Annual report on the working of the Harcourt Butler Institute of Public Health, Rangoon
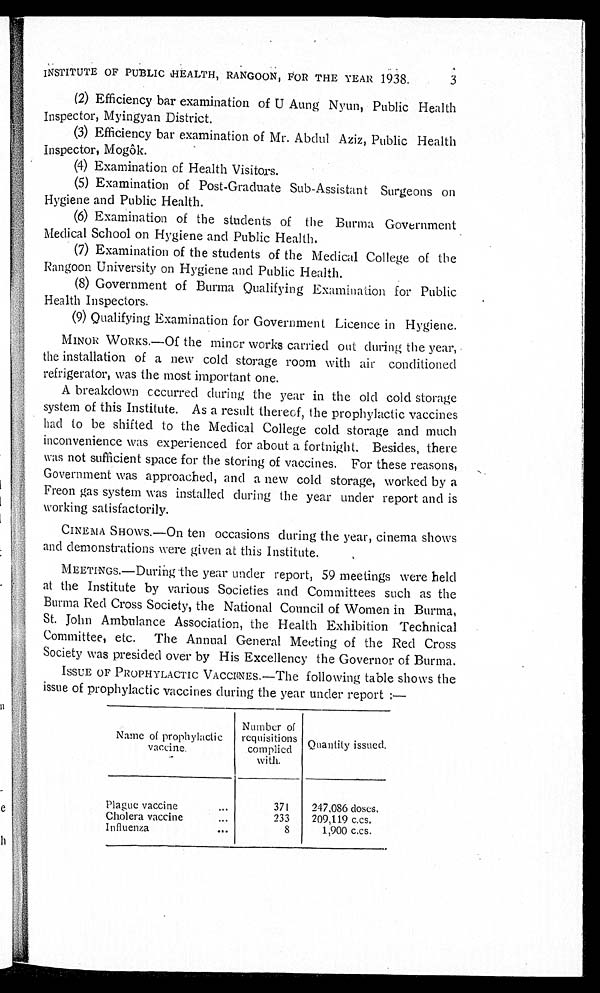
INSTITUTE OF PUBLIC HEALTH, RANGOON, FOR THE YEAR 1938.
(2) Efficiency bar examination of U Aung Nyun, Public Health
Inspector, Myingyan District.
(3) Efficiency bar examination of Mr. Abdul Aziz, Public Health
Inspector, Mogôk.
(4) Examination of Health Visitors.
(5) Examination of Post-Graduate Sub-Assistant Surgeons on
Hygiene and Public Health.
(6) Examination of the students of the Burma Government
Medical School on Hygiene and Public Health.
(7) Examination of the students of the Medical College of the
Rangoon University on Hygiene and Public Health.
(8) Government of Burma Qualifying Examination for Public
Health Inspectors.
(9) Qualifying Examination for Government Licence in Hygiene.
MINOR WORKS.—Of the minor works carried out during the year,
the installation of a new cold storage room with air conditioned
refrigerator, was the most important one.
A breakdown occurred during the year in the old cold storage
system of this Institute. As a result thereof, the prophylactic vaccines
had to be shifted to the Medical College cold storage and much
inconvenience was experienced for about a fortnight. Besides, there
was not sufficient space for the storing of vaccines. For these reasons,
Government was approached, and a new cold storage, worked by a
Freon gas system was installed during the year under report and is
working satisfactorily.
CINEMA SHOWS.—On ten occasions during the year, cinema shows
and demonstrations were given at this Institute.
MEETINGS.—During the year under report, 59 meetings were held
at the Institute by various Societies and Committees such as the
Burma Red Cross Society, the National Council of Women in Burma,
St. John Ambulance Association, the Health Exhibition Technical
Committee, etc. The Annual General Meeting of the Red Cross
Society was presided over by His Excellency the Governor of Burma.
ISSUE OF PROPHYLACTIC VACCINES.—The following table shows the
issue of prophylactic vaccines during the year under report:—
Name of prophylactic
vaccine.
Number of
requisitions
complied
with.
Quantity issued.
Plague vaccine . . .
371
247,086 doses.
Cholera vaccine . . .
233
209,119 c.cs.
Influenza . . .
8
1,900 c.cs.
3